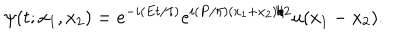
\psi ( t ; x _ { 1 } , x _ { 2 } ) = e ^ { - i ( { E t } / { \hbar } ) } e ^ { i ( { P } / { \hbar } ) { ( x _ { 1 } + x _ { 2 } ) } / { 2 } } u ( x _ { 1 } - x _ { 2 } ) .